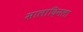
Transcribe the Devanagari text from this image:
सालादिनला